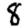
Digit: 8